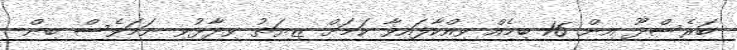
ބަރެސްދޫ އިން 16 ބިމެއް ވިއްކާފައިވާ ކަމަށް ޒިޔަތު ވިދާޅުވި ނަމަވެސް ބިން